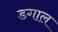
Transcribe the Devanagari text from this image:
डगाल